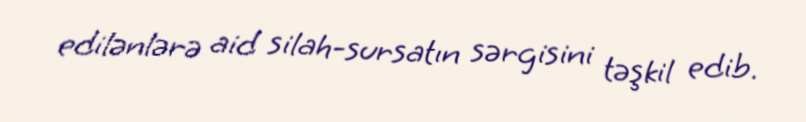
edilənlərə aid silah-sursatın sərgisini təşkil edib.